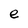
Character: e